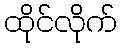
ထိုင်လိုက်